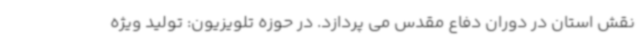
نقش استان در دوران دفاع مقدس می پردازد. در حوزه تلویزیون: تولید ویژه